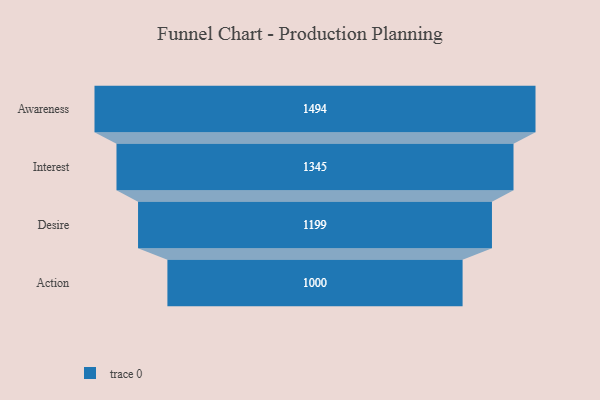
{"axis": {"x": "Stage", "y": "Value"}, "legend": [""], "data": [{"x": "Awareness", "y": 1494.0, "type": ""}, {"x": "Interest", "y": 1345.0, "type": ""}, {"x": "Desire", "y": 1199.0, "type": ""}, {"x": "Action", "y": 1000.0, "type": ""}]}